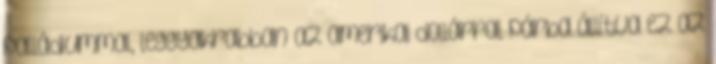
palládiummal, leggyakrabban az amerikai dollárral párba állítva ez az